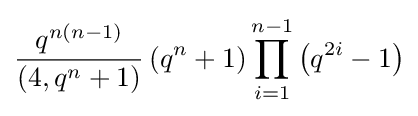
{\frac {q^{n(n-1)}}{(4,q^{n}+1)}}\left(q^{n}+1\right)\prod _{i=1}^{n-1}\left(q^{2i}-1\right)